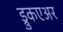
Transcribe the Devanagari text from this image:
ड्रुकएअर